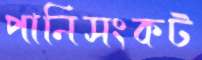
পানিসংকট